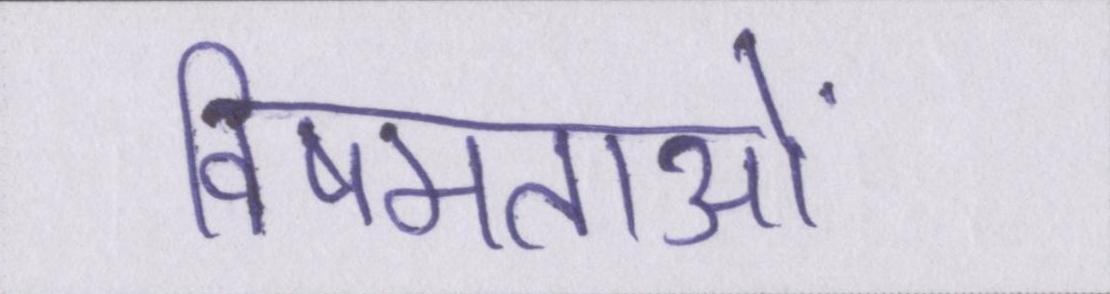
विषमताओं